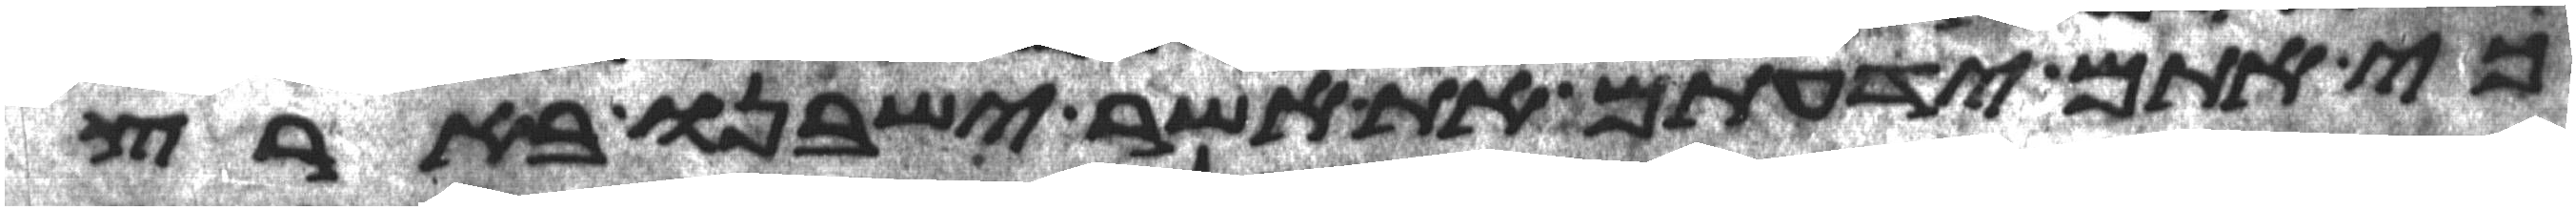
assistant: כי אתם ידעתם את אשר ישבנו בארץ